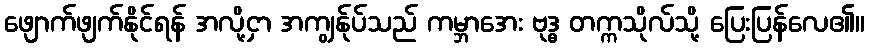
ဖျောက်ဖျက်နိုင်ရန် အလို့ငှာ အကျွန်ုပ်သည် ကမ္ဘာအေး ဗုဒ္ဓ တက္ကသိုလ်သို့ ပြေးပြန်လေ၏။